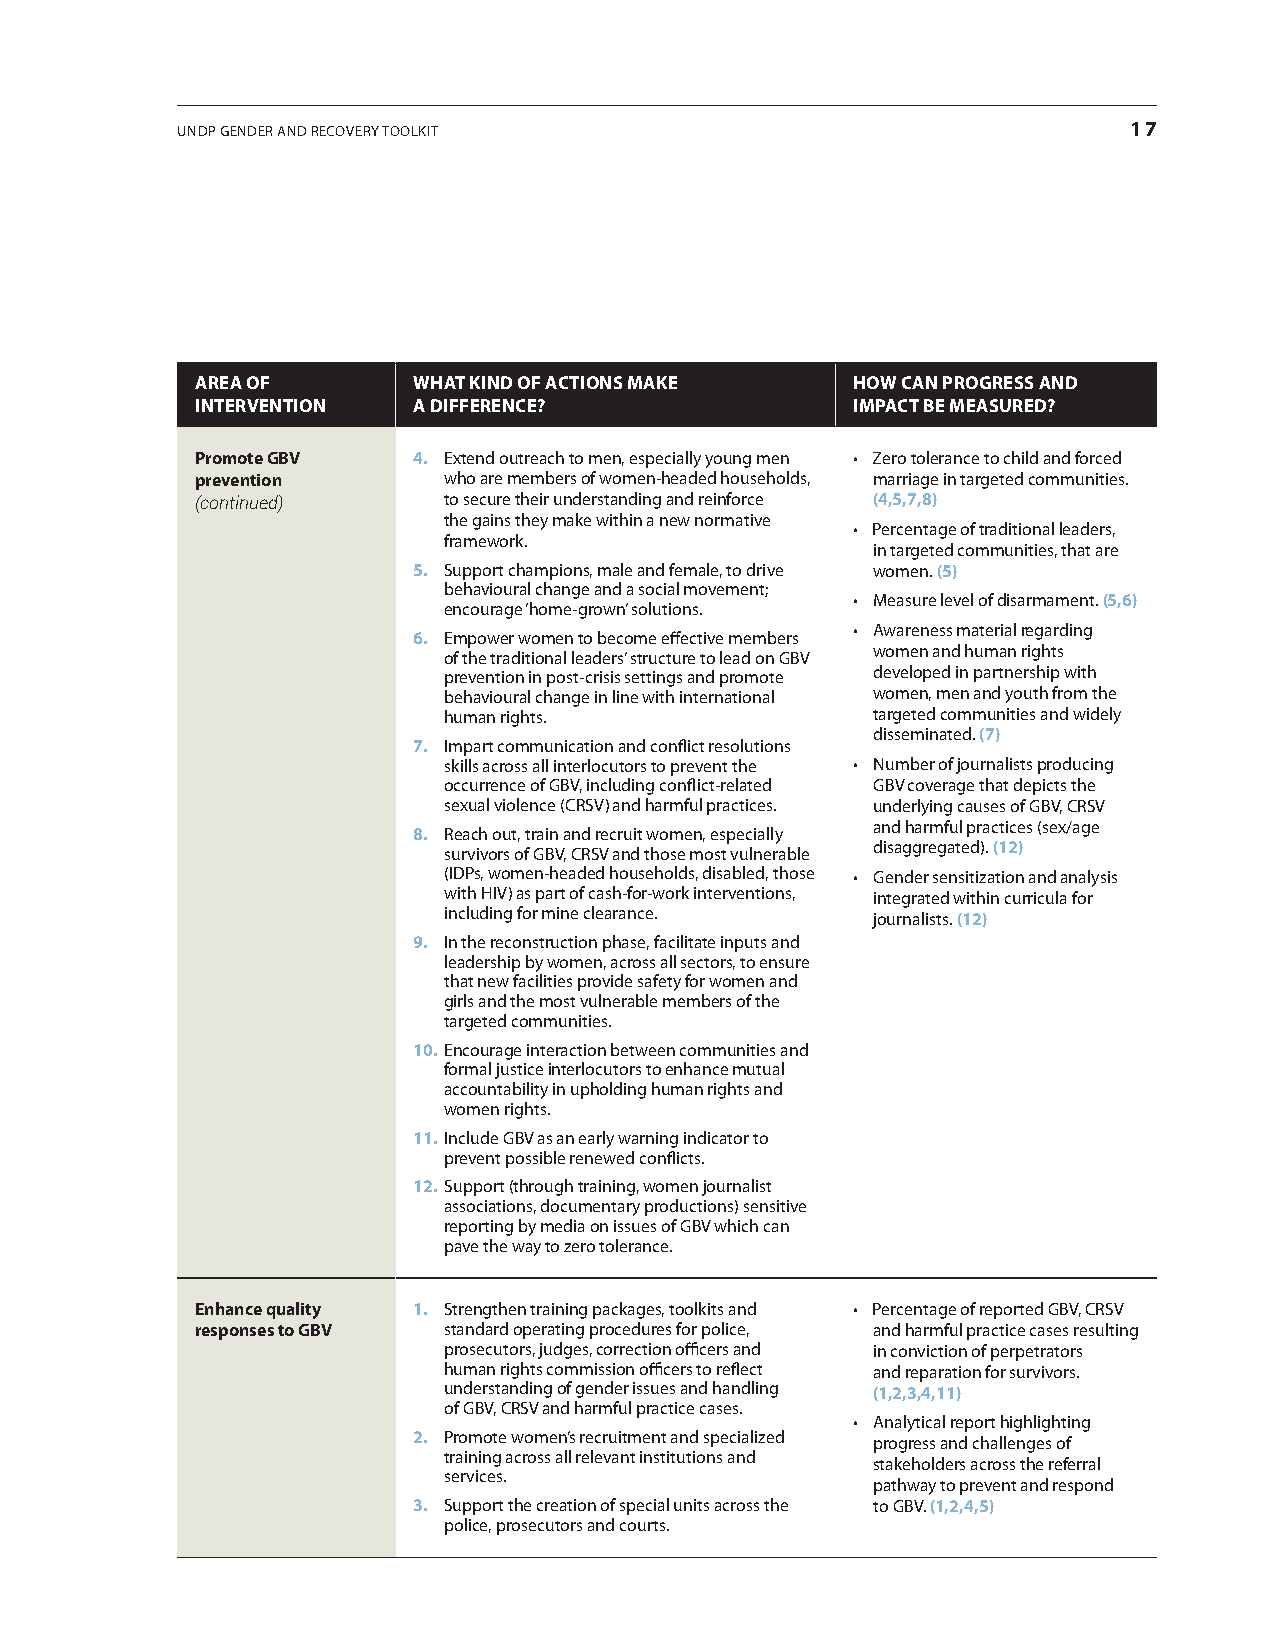
UNDP GeNDer aND recovery TooLKIT                               17
 aRea of       WHaT kiNd of aCTioNS make    HoW CaN pRoGReSS aNd
 iNTeRVeNTioN  a diffeReNCe?                impaCT Be meaSuRed?
 promote GBV   4. extend outreach to men, especially young men • Zero tolerance to child and forced
 prevention      who are members of women-headed households, marriage in targeted communities.
 (continued)     to secure their understanding and reinforce (4,5,7,8)
 the gains they make within a new normative
 • Percentage of traditional leaders,
 framework.
 in targeted communities, that are
 5. Support champions, male and female, to drive women. (5)
 behavioural change and a social movement;
 • Measure level of disarmament. (5,6)
 encourage ‘home-grown’ solutions.
 • Awareness material regarding
 6. empower women to become effective members
 women and human rights
 of the traditional leaders’ structure to lead on GBv
 prevention in post-crisis settings and promote developed in partnership with
 behavioural change in line with international women, men and youth from the
 human rights.                targeted communities and widely
 disseminated. (7)
 7. Impart communication and conflict resolutions
 skills across all interlocutors to prevent the • Number of journalists producing
 occurrence of GBv, including conflict-related GBv coverage that depicts the
 sexual violence (crSv) and harmful practices. underlying causes of GBv, crSv
 and harmful practices (sex/age
 8. reach out, train and recruit women, especially
 survivors of GBv, crSv and those most vulnerable disaggregated). (12)
 (IDPs, women-headed households, disabled, those • Gender sensitization and analysis
 with HIv) as part of cash-for-work interventions, integrated within curricula for
 including for mine clearance. journalists. (12)
 9. In the reconstruction phase, facilitate inputs and
 leadership by women, across all sectors, to ensure
 that new facilities provide safety for women and
 girls and the most vulnerable members of the
 targeted communities.
 10. encourage interaction between communities and
 formal justice interlocutors to enhance mutual
 accountability in upholding human rights and
 women rights.
 11. Include GBv as an early warning indicator to
 prevent possible renewed conflicts.
 12. Support (through training, women journalist
 associations, documentary productions) sensitive
 reporting by media on issues of GBv which can
 pave the way to zero tolerance.
 enhance quality 1. Strengthen training packages, toolkits and • Percentage of reported GBV, CRSV
 responses to GBV standard operating procedures for police, and harmful practice cases resulting
 prosecutors, judges, correction officers and in conviction of perpetrators
 human rights commission officers to reflect and reparation for survivors.
 understanding of gender issues and handling (1,2,3,4,11)
 of GBv, crSv and harmful practice cases.
 • Analytical report highlighting
 2. Promote women’s recruitment and specialized progress and challenges of
 training across all relevant institutions and
 stakeholders across the referral
 services.
 pathway to prevent and respond
 3. Support the creation of special units across the to GBv. (1,2,4,5)
 police, prosecutors and courts.